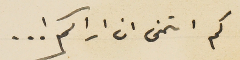
كم اتمنى ان اراكم !..